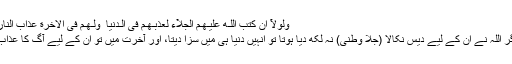
وَلَوْلَآ اَنْ كَتَبَ اللّـٰهُ عَلَيْـهِـمُ الْجَلَآءَ لَعَذَّبَـهُـمْ فِى الـدُّنْيَا ۖ وَلَـهُـمْ فِى الْاٰخِرَةِ عَذَابُ النَّارِ (3)
اور اگر اللہ نے ان کے لیے دیس نکالا (جلا وطنی) نہ لکھ دیا ہوتا تو انہیں دنیا ہی میں سزا دیتا، اور آخرت میں تو ان کے لیے آگ کا عذاب ہے۔